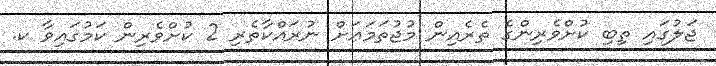
ޖަލުގައި ތިބި ކުށްވެރިންގެ ތެރެއިން މުޖުތަމަޢަށް ނުރައްކާތެރި 2 ކުށްވެރިން ކަމުގައިވާ ކ.